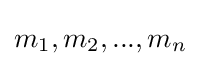
m_{1},m_{2},...,m_{n}